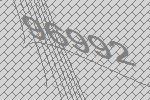
96992